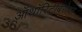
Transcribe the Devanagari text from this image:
ऑथॉरिटीबरोबर